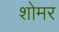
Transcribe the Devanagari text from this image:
शोमर